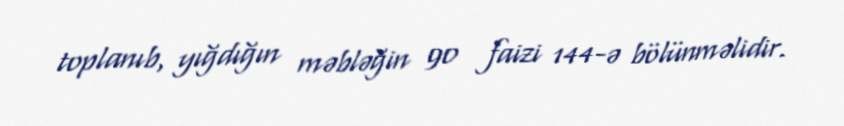
toplanıb, yığdığın məbləğin 90 faizi 144-ə bölünməlidir.